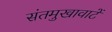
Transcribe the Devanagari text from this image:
संतमुखावाटें